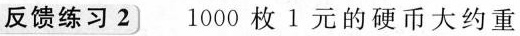
反馈练习2 1000枚1元的硬币大约重